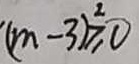
( m - 3 ) ^ { 2 } \geq 0